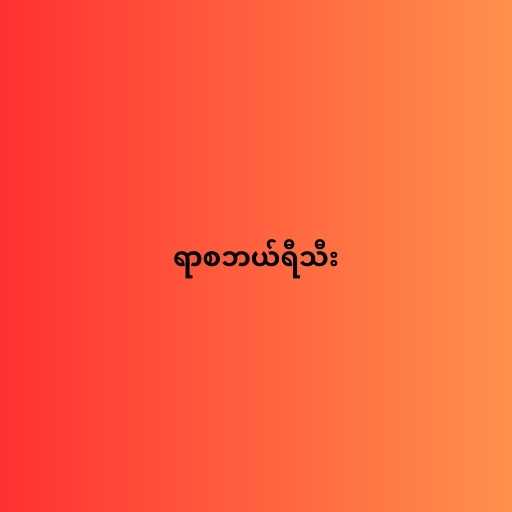
ရာစဘယ်ရီသီး